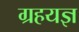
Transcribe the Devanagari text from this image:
ग्रहयज्ञ